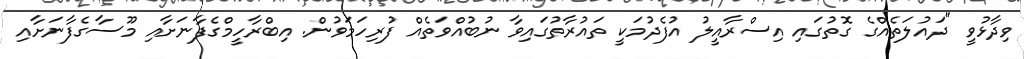
ވިދާޅުވީ "ދައުލަތެއްގެ ގޮތުގައި އިސްރާއީލު އުފެދުމަކީ ތައުރާތުގައިވާ ނުބުއްވަތެއް ފުރިހަމަވުން. އިބްރާހީމްގެފާނަށާއި މޫސާގެފާނަށާއި